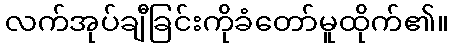
လက်အုပ်ချီခြင်းကိုခံတော်မူထိုက်၏။